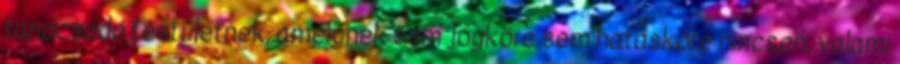
tanácsadó testületnek, amelynek sem jogköre sem hatásköre nincsen, valami